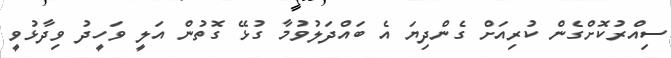
ސިއްރުކޮށްގެން ކުރިއަށް ގެންދިޔަ އެ ބައްދަލުވުމާ ގުޅޭ ގޮތުން އަލީ ވަހީދު ވިދާޅުވީ